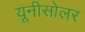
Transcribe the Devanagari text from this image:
यूनीसोलर